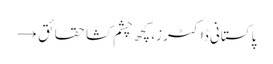
پاکستانی ڈاکٹرز، کچھ چشم کشا حقائق →